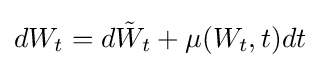
dW_{t}=d{\tilde {W}}_{t}+\mu (W_{t},t)dt